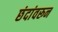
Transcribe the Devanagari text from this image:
छंदांवरून